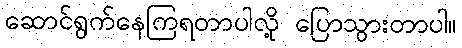
ဆောင်ရွက်နေကြရတာပါလို့ ပြောသွားတာပါ။